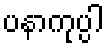
ပနာကုပ္ပါ